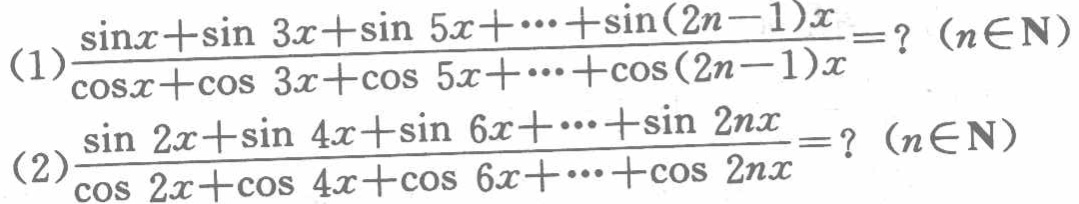
(1)$\frac{\sin x+\sin 3x+\sin 5x+\cdots+\sin(2n - 1)x}{\cos x+\cos 3x+\cos 5x+\cdots+\cos(2n - 1)x}=?\ (n\in\mathbf{N})$
(2)$\frac{\sin 2x+\sin 4x+\sin 6x+\cdots+\sin 2nx}{\cos 2x+\cos 4x+\cos 6x+\cdots+\cos 2nx}=?\ (n\in\mathbf{N})$